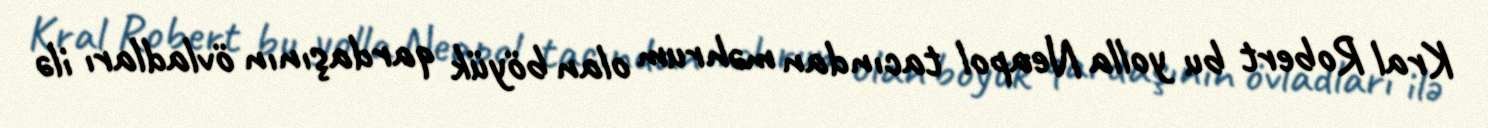
Kral Robert bu yolla Neapol tacından məhrum olan böyük qardaşının övladları ilə